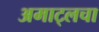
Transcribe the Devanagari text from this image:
अमाट्लचा